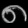
Digit: ၈